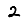
Digit: 2